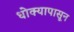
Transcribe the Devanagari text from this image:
धोक्यापासून